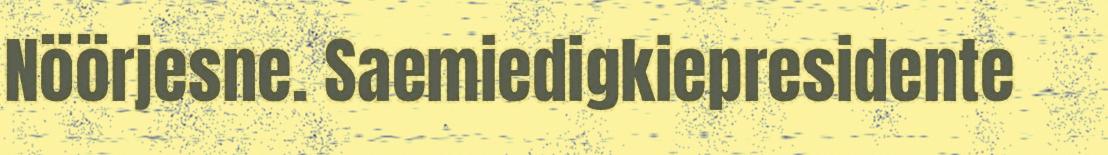
Nöörjesne. Saemiedigkiepresidente